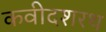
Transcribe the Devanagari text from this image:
कवीदशरथ